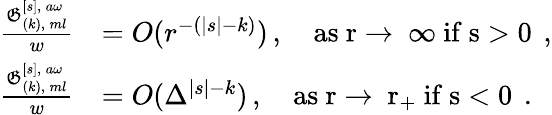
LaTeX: \begin{array}{rl}{\frac{\mathfrak{G}_{(k),\, ml}^{[s],\, a\omega}}{w}}&{=O(r^{-(|s|-k)})\, ,\quad\mathrm{as~r\to~\infty~if~s>0~}\, ,}\\ {\frac{\mathfrak{G}_{(k),\, ml}^{[s],\, a\omega}}{w}}&{=O(\Delta^{|s|-k})\, ,\quad\mathrm{as~r\to~r_+~if~s<0~}\, .}\end{array}